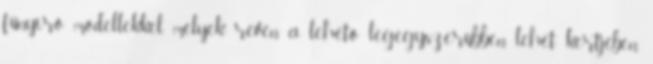
fűnyíró modellekkel, melyek révén a lehető legegyszerűbben lehet kertjében